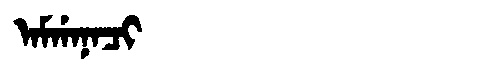
Manchu: ᠠᠮᡤᠠᠨᠠᠴᡳ
Romanization: AMGANACI